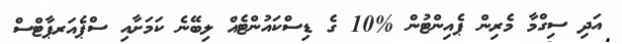
އަދި ސިގްމާ މެރިން ޕެއިންޓުން %10 ގެ ޑިސްކައުންޓެއް ލިބޭނެ ކަމަށާއި ސްޕެއަރޕާޓްސް